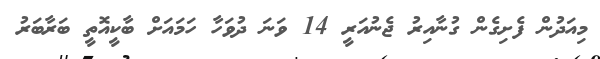
މިއަދުން ފެށިގެން ގުނާއިރު ޖެނުއަރީ 14 ވަނަ ދުވަހާ ހަމައަށް ބާކީއޮތީ ބަރާބަރު